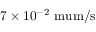
7 \times 1 0 ^ { - 2 } \mathrm { \ m u m / s }